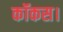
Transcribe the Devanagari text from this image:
कॉकस।